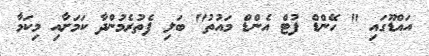
އައްޑޫގައި " ހޭންޑް ފުޓް އެންޑް މައުތު" ބަލި ފެތުރެމުންދާ ކަމަށާއި މިކަމާ